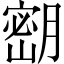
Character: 𫆴